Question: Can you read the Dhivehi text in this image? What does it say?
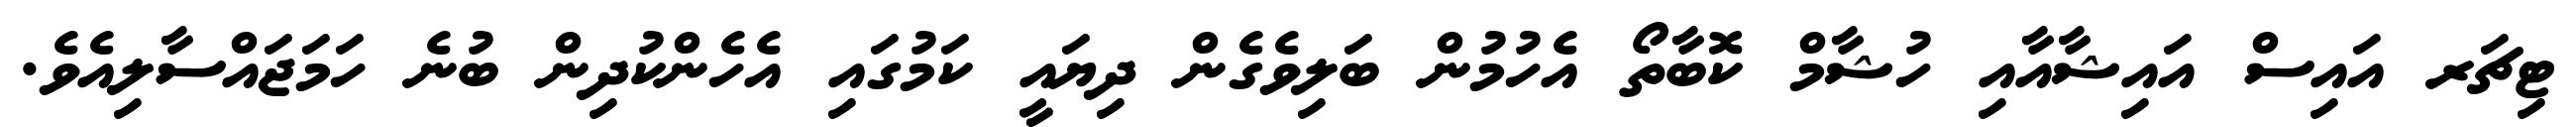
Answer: ޓިޗަރ އައިސް އައިޝާއާއި ހުޝާމް ކޮބާތޯ އެހުމުން ބަލިވެގެން ދިޔައީ ކަމުގައި އެހެންކުދިން ބުނެ ހަމަޖައްސާލިއެވެ.